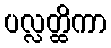
ပလ္လတ္ထိကာ